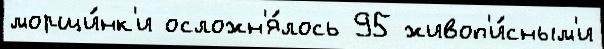
морщи́нк'и осложн'я́лось 95 живоп'и́сным'и